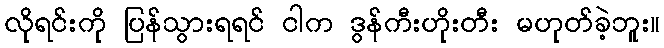
လိုရင်းကို ပြန်သွားရရင် ငါက ဒွန်ကီးဟိုးတီး မဟုတ်ခဲ့ဘူး။